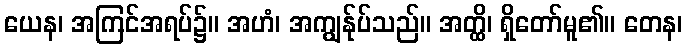
ယေန၊ အကြင်အရပ်၌။ အဟံ၊ အကျွန်ုပ်သည်။ အတ္ထိ၊ ရှိတော်မူ၏။ တေန၊